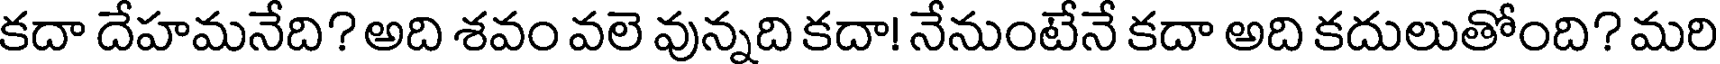
కదా దేహమనేది? అది శవం వలె వున్నది కదా! నేనుంటేనే కదా అది కదులుతోంది? మరి